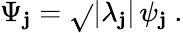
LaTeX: \Psi_{\mathbf{j}}=\sqrt{}{{|\lambda_{\mathbf{j}}|}}\, \psi_{\mathbf{j}}~.